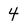
Character: 4